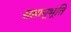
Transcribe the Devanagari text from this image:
सहानूभूति